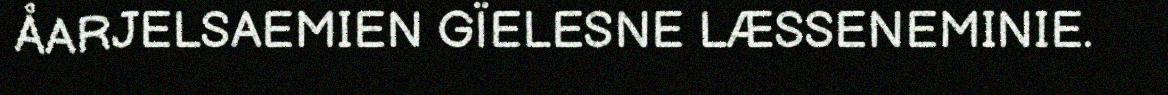
ÅARJELSAEMIEN GÏELESNE LÆSSENEMINIE.